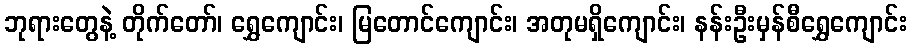
ဘုရားတွေနဲ့ တိုက်တော်၊ ရွှေကျောင်း၊ မြတောင်ကျောင်း၊ အတုမရှိကျောင်း၊ နန်းဦးမှန်စီရွှေကျောင်း